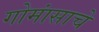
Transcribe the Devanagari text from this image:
गोमांसाचे